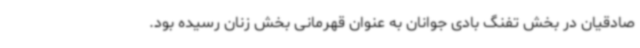
صادقیان در بخش تفنگ بادی جوانان به عنوان قهرمانی بخش زنان رسیده بود.